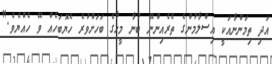
އަދި ތިމަންނާއަކީ އިސްލާމުންގެ ތެރެއިންނޭ ބުނާ މީހާގެ ބަހަށްވުރެ ހެޔޮބަހެއް ވޭ ހެއްޔެވެ."